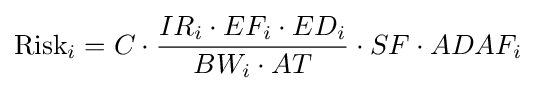
{\text{Risk}}_{i}=C\cdot {\frac {IR_{i}\cdot EF_{i}\cdot ED_{i}}{BW_{i}\cdot AT}}\cdot SF\cdot ADAF_{i}